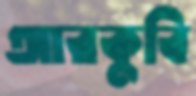
আরকুবি